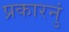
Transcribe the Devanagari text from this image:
प्रकारनुं